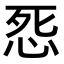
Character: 𭜨